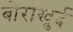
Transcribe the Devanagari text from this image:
बोर्राखुर्द